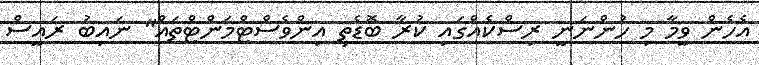
އެހެން ވީމާ މި ހުންނަނީ ރިސްކެއްގައި ކުރާ ބޮޑެތި އިންވެސްޓްމަންޓްތައް" ނައިބު ރައީސް